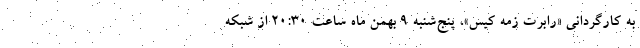
به کارگردانی «رابرت زمه کیس»، پنج‌شنبه ۹ بهمن ماه ساعت ۲۰:۳۰ از شبکه